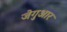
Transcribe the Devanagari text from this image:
जेगुआर